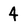
Character: 4